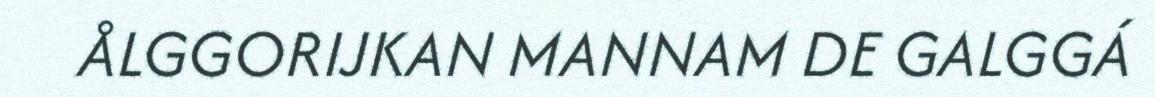
ÅLGGORIJKAN MANNAM DE GALGGÁ